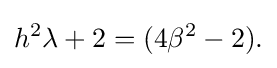
h^{2}\lambda +2=(4\beta ^{2}-2).\,\!